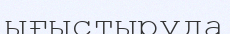
ығыстыруда